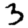
Digit: 3